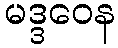
မဒ္ဒဝေန